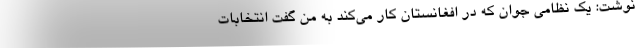
نوشت: یک نظامی جوان که در افغانستان کار می‌کند به من گفت انتخابات